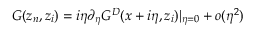
G ( z _ { n } , z _ { i } ) = i \eta \partial _ { \eta } G ^ { D } ( x + i \eta , z _ { i } ) | _ { \eta = 0 } + o ( \eta ^ { 2 } )